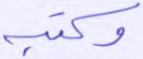
وكتبه